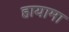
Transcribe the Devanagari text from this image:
हायामा